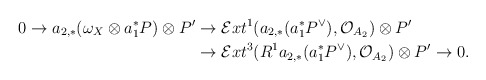
\begin{align*}0\to a_{2,*}(\omega_X\otimes a_1^*P)\otimes P' & \to \mathcal{E}xt^1(a_{2,*}(a_1^*P^{\vee}),\mathcal{O}_{A_2})\otimes P' \\& \to\mathcal{E}xt^3(R^1a_{2,*}(a_1^*P^{\vee}),\mathcal{O}_{A_2})\otimes P'\to 0.\end{align*}